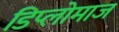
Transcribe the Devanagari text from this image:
डिप्लोमाज